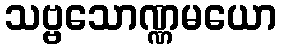
သဗ္ဗသောဏ္ဏမယော